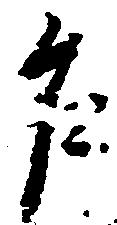
乍